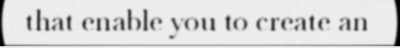
that enable you to create an